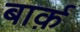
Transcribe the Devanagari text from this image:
बार्क़